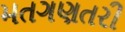
મતગણતરી